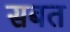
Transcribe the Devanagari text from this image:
सबत